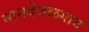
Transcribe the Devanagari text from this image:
मानदेजळगाव